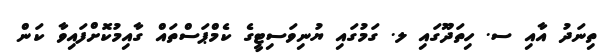
ތިނަދު އާއި ސ. ހިތަދޫގައި ލ. ގަމުގައި ޔުނިވަސިޓީގެ ކެމްޕަސްތައް ގާއިމުކޮށްފައިވާ ކަން